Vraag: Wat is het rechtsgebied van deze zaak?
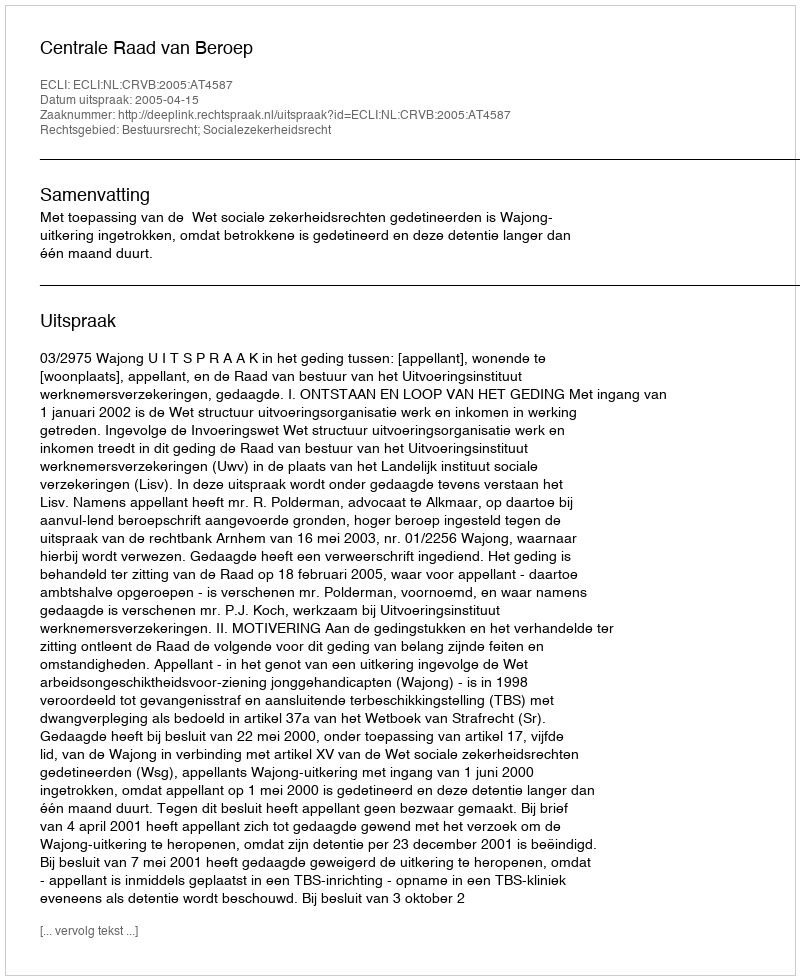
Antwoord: Bestuursrecht; Socialezekerheidsrecht